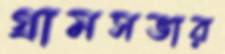
গ্রামসভার